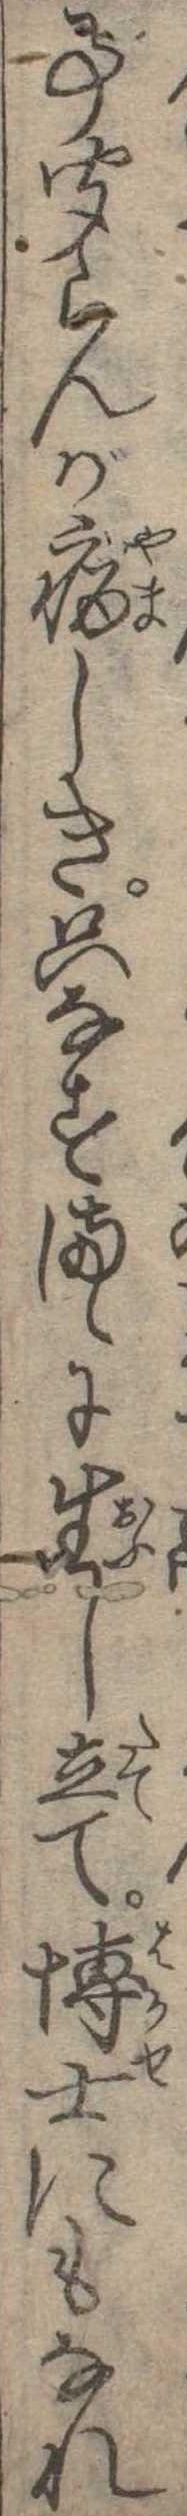
事聞らんが病しき只なすまゝに生し立て博士にもなれ